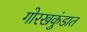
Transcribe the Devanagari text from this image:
गोरखकुंडात